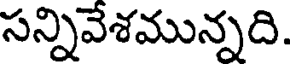
సన్నివేశమున్నది.